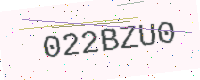
Text: 022BZU0